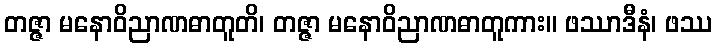
တဇ္ဇာ မနောဝိညာဏဓာတူတိ၊ တဇ္ဇာ မနောဝိညာဏဓာတူကား။ ဖဿာဒီနံ၊ ဖဿ